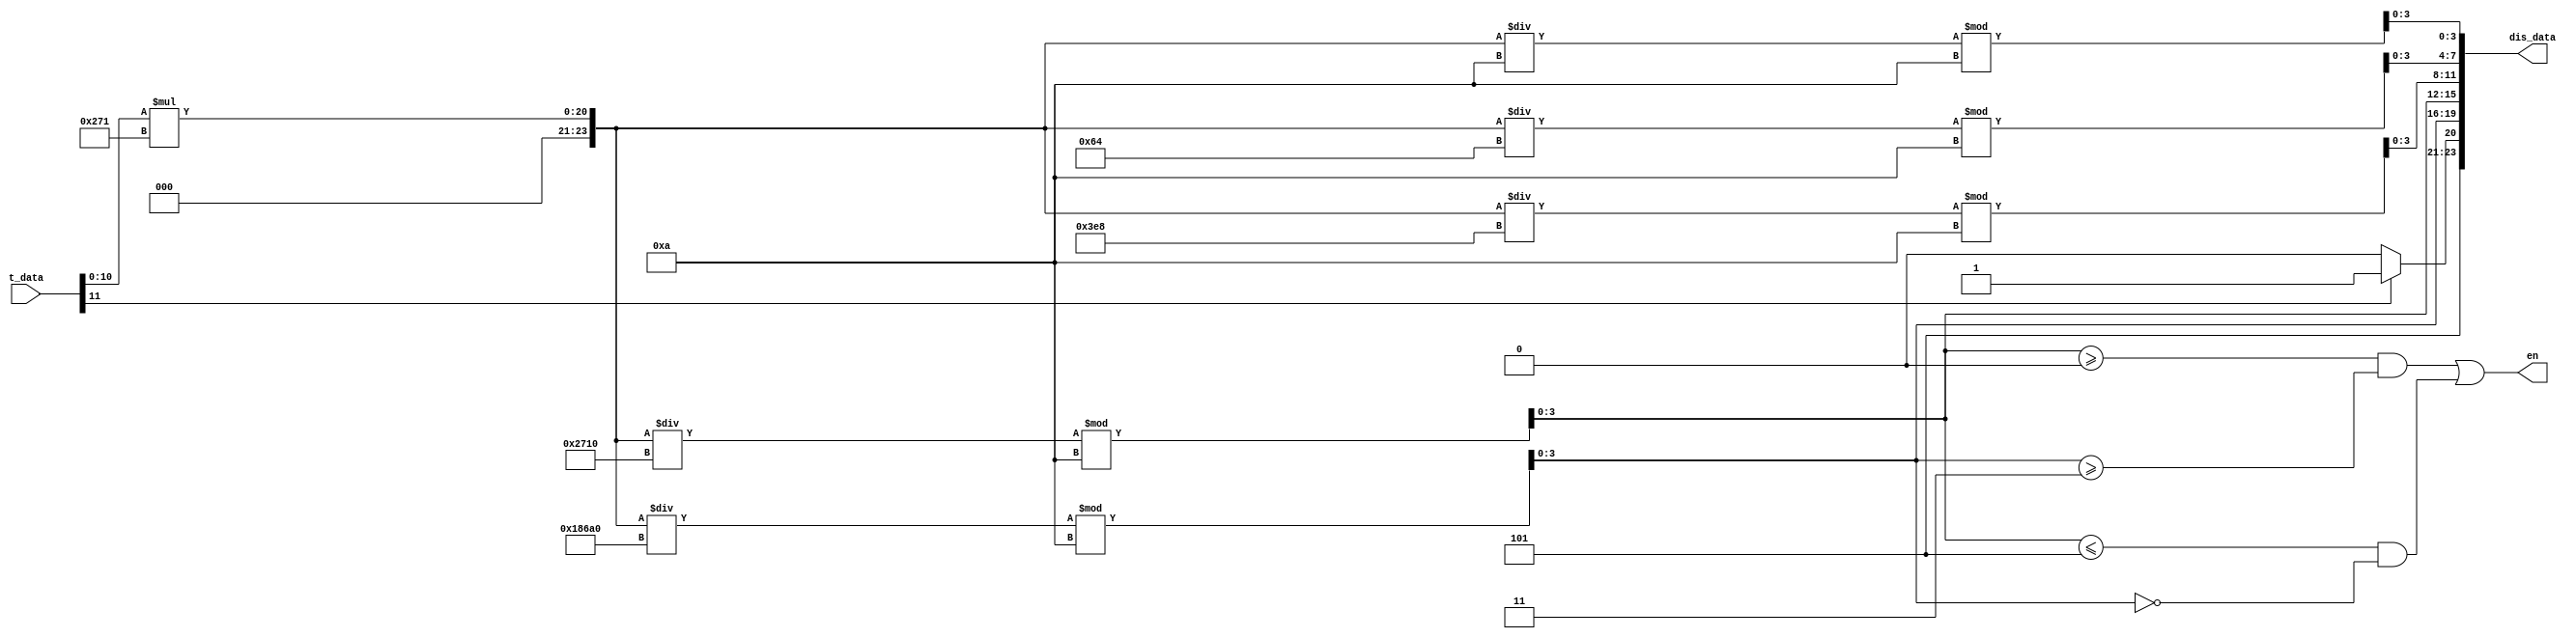
module ctrl (
    input       [15:0]      t_data  ,
    output      [23:0]      dis_data,
    output                  en
);
    
    wire        [23:0]      data_b      ;
    wire        [3:0]       data_b001   ;   //
    wire        [3:0]       data_b01    ;   //
    wire        [3:0]       data_b1     ;   //
    wire        [3:0]       data_1      ;   //
    wire        [3:0]       data_10     ;   //
    wire        [3:0]       data_fu     ;   //

    assign data_b       = t_data[10:0] * 625; //1000  
    assign data_b001    = data_b /10 %10    ;
    assign data_b01     = data_b /100 %10   ;      
    assign data_b1      = data_b /1000 %10  ;
    assign data_1       = data_b /10000 %10 ;
    assign data_10      = data_b /100000 %10;
    assign data_fu      = t_data[11] ? 4'hB : 4'hA; //A B

    assign dis_data = {data_fu,data_10,data_1,data_b1,data_b01,data_b001};
    assign en = (data_1 >= 4'd0 && data_10 >= 4'd3) || (data_1 <= 4'd5 && data_10 == 4'd0);

endmodule